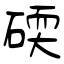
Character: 碝